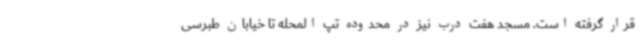
قرار گرفته است. مسجد هفت درب نیز در محدوده تپ المحله تا خیابان طبرسی